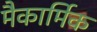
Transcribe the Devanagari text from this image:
मैकार्मिक